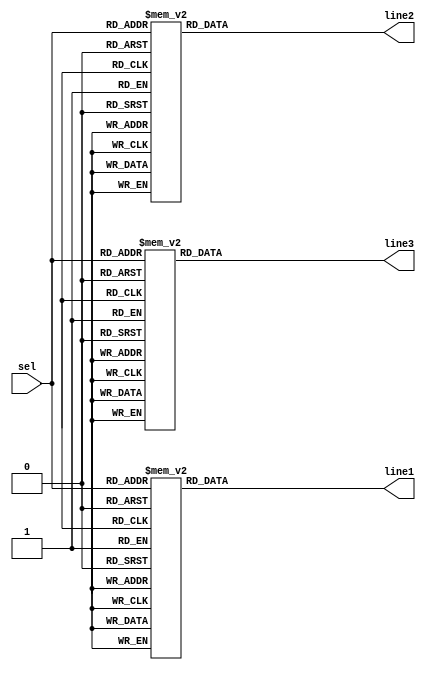
module LightManager (
line1,line2,line3,  //tell line to perfrom light
sel				//selector
);

	output line1,line2,line3;

	input [5:0]sel;

	reg data_out1;
	reg data_out2;
	reg data_out3;



	always @(sel)
		begin
			case (sel)
				6'b000000 : data_out1 = 1'b1;
				6'b000001 : data_out1 = 1'b1;
				6'b000010 : data_out1 = 1'b1;
				6'b000011 : data_out1 = 1'b1;
				6'b000100 : data_out1 = 1'b1;
				6'b000101 : data_out1 = 1'b1;
				6'b000110 : data_out1 = 1'b1;
				6'b000111 : data_out1 = 1'b1;
				6'b001000 : data_out1 = 1'b0;
				6'b001001 : data_out1 = 1'b0;
				6'b001010 : data_out1 = 1'b0;
				6'b001011 : data_out1 = 1'b0;
				6'b001100 : data_out1 = 1'b1;
				6'b001101 : data_out1 = 1'b1;
				6'b001110 : data_out1 = 1'b1;
				6'b001111 : data_out1 = 1'b1;
				6'b010000 : data_out1 = 1'b1;
				6'b010001 : data_out1 = 1'b1;
				6'b010010 : data_out1 = 1'b1;
				6'b010011 : data_out1 = 1'b1;
				6'b010100 : data_out1 = 1'b0;
				6'b010101 : data_out1 = 1'b0;
				6'b010110 : data_out1 = 1'b0;
				6'b010111 : data_out1 = 1'b0;
				6'b011000 : data_out1 = 1'b0;
				6'b011001 : data_out1 = 1'b0;
				6'b011010 : data_out1 = 1'b0;
				6'b011011 : data_out1 = 1'b0;
				6'b011100 : data_out1 = 1'b0;
				6'b011101 : data_out1 = 1'b0;
				6'b011110 : data_out1 = 1'b0;
				6'b011111 : data_out1 = 1'b0;
				6'b100000 : data_out1 = 1'b1;
				6'b100001 : data_out1 = 1'b1;
				6'b100010 : data_out1 = 1'b1;
				6'b100011 : data_out1 = 1'b1;
				6'b100100 : data_out1 = 1'b1;
				6'b100101 : data_out1 = 1'b1;
				6'b100110 : data_out1 = 1'b1;
				6'b100111 : data_out1 = 1'b1;
				6'b101000 : data_out1 = 1'b0;
				6'b101001 : data_out1 = 1'b0;
				6'b101010 : data_out1 = 1'b0;
				6'b101011 : data_out1 = 1'b0;
				6'b101100 : data_out1 = 1'b1;
				6'b101101 : data_out1 = 1'b1;
				6'b101110 : data_out1 = 1'b1;
				6'b101111 : data_out1 = 1'b1;
				6'b110000 : data_out1 = 1'b1;
				6'b110001 : data_out1 = 1'b1;
				6'b110010 : data_out1 = 1'b1;
				6'b110011 : data_out1 = 1'b1;
				6'b110100 : data_out1 = 1'b0;
				6'b110101 : data_out1 = 1'b0;
				6'b110110 : data_out1 = 1'b0;
				6'b110111 : data_out1 = 1'b0;
				6'b111000 : data_out1 = 1'b0;
				6'b111001 : data_out1 = 1'b0;
				6'b111010 : data_out1 = 1'b0;
				6'b111011 : data_out1 = 1'b0;
				6'b111100 : data_out1 = 1'b0;
				6'b111101 : data_out1 = 1'b0;
				6'b111110 : data_out1 = 1'b0;
				6'b111111 : data_out1 = 1'b0;

			endcase
			case (sel)
				6'b000000 : data_out2 = 1'b1;
				6'b000001 : data_out2 = 1'b1;
				6'b000010 : data_out2 = 1'b1;
				6'b000011 : data_out2 = 1'b1;
				6'b000100 : data_out2 = 1'b1;
				6'b000101 : data_out2 = 1'b1;
				6'b000110 : data_out2 = 1'b1;
				6'b000111 : data_out2 = 1'b1;
				6'b001000 : data_out2 = 1'b0;
				6'b001001 : data_out2 = 1'b0;
				6'b001010 : data_out2 = 1'b0;
				6'b001011 : data_out2 = 1'b0;
				6'b001100 : data_out2 = 1'b1;
				6'b001101 : data_out2 = 1'b1;
				6'b001110 : data_out2 = 1'b1;
				6'b001111 : data_out2 = 1'b1;
				6'b010000 : data_out2 = 1'b1;
				6'b010001 : data_out2 = 1'b1;
				6'b010010 : data_out2 = 1'b1;
				6'b010011 : data_out2 = 1'b1;
				6'b010100 : data_out2 = 1'b0;
				6'b010101 : data_out2 = 1'b0;
				6'b010110 : data_out2 = 1'b0;
				6'b010111 : data_out2 = 1'b0;
				6'b011000 : data_out2 = 1'b0;
				6'b011001 : data_out2 = 1'b0;
				6'b011010 : data_out2 = 1'b0;
				6'b011011 : data_out2 = 1'b0;
				6'b011100 : data_out2 = 1'b0;
				6'b011101 : data_out2 = 1'b0;
				6'b011110 : data_out2 = 1'b0;
				6'b011111 : data_out2 = 1'b0;
				6'b100000 : data_out2 = 1'b1;
				6'b100001 : data_out2 = 1'b1;
				6'b100010 : data_out2 = 1'b1;
				6'b100011 : data_out2 = 1'b1;
				6'b100100 : data_out2 = 1'b1;
				6'b100101 : data_out2 = 1'b1;
				6'b100110 : data_out2 = 1'b1;
				6'b100111 : data_out2 = 1'b1;
				6'b101000 : data_out2 = 1'b0;
				6'b101001 : data_out2 = 1'b0;
				6'b101010 : data_out2 = 1'b0;
				6'b101011 : data_out2 = 1'b0;
				6'b101100 : data_out2 = 1'b1;
				6'b101101 : data_out2 = 1'b1;
				6'b101110 : data_out2 = 1'b1;
				6'b101111 : data_out2 = 1'b1;
				6'b110000 : data_out2 = 1'b1;
				6'b110001 : data_out2 = 1'b1;
				6'b110010 : data_out2 = 1'b1;
				6'b110011 : data_out2 = 1'b1;
				6'b110100 : data_out2 = 1'b0;
				6'b110101 : data_out2 = 1'b0;
				6'b110110 : data_out2 = 1'b0;
				6'b110111 : data_out2 = 1'b0;
				6'b111000 : data_out2 = 1'b0;
				6'b111001 : data_out2 = 1'b0;
				6'b111010 : data_out2 = 1'b0;
				6'b111011 : data_out2 = 1'b0;
				6'b111100 : data_out2 = 1'b0;
				6'b111101 : data_out2 = 1'b0;
				6'b111110 : data_out2 = 1'b0;
				6'b111111 : data_out2 = 1'b0;

			endcase
			case (sel)
				6'b000000 : data_out3 = 1'b1;
				6'b000001 : data_out3 = 1'b1;
				6'b000010 : data_out3 = 1'b1;
				6'b000011 : data_out3 = 1'b1;
				6'b000100 : data_out3 = 1'b1;
				6'b000101 : data_out3 = 1'b1;
				6'b000110 : data_out3 = 1'b1;
				6'b000111 : data_out3 = 1'b1;
				6'b001000 : data_out3 = 1'b0;
				6'b001001 : data_out3 = 1'b0;
				6'b001010 : data_out3 = 1'b0;
				6'b001011 : data_out3 = 1'b0;
				6'b001100 : data_out3 = 1'b1;
				6'b001101 : data_out3 = 1'b1;
				6'b001110 : data_out3 = 1'b1;
				6'b001111 : data_out3 = 1'b1;
				6'b010000 : data_out3 = 1'b1;
				6'b010001 : data_out3 = 1'b1;
				6'b010010 : data_out3 = 1'b1;
				6'b010011 : data_out3 = 1'b1;
				6'b010100 : data_out3 = 1'b0;
				6'b010101 : data_out3 = 1'b0;
				6'b010110 : data_out3 = 1'b0;
				6'b010111 : data_out3 = 1'b0;
				6'b011000 : data_out3 = 1'b0;
				6'b011001 : data_out3 = 1'b0;
				6'b011010 : data_out3 = 1'b0;
				6'b011011 : data_out3 = 1'b0;
				6'b011100 : data_out3 = 1'b0;
				6'b011101 : data_out3 = 1'b0;
				6'b011110 : data_out3 = 1'b0;
				6'b011111 : data_out3 = 1'b0;
				6'b100000 : data_out3 = 1'b1;
				6'b100001 : data_out3 = 1'b1;
				6'b100010 : data_out3 = 1'b1;
				6'b100011 : data_out3 = 1'b1;
				6'b100100 : data_out3 = 1'b1;
				6'b100101 : data_out3 = 1'b1;
				6'b100110 : data_out3 = 1'b1;
				6'b100111 : data_out3 = 1'b1;
				6'b101000 : data_out3 = 1'b0;
				6'b101001 : data_out3 = 1'b0;
				6'b101010 : data_out3 = 1'b0;
				6'b101011 : data_out3 = 1'b0;
				6'b101100 : data_out3 = 1'b1;
				6'b101101 : data_out3 = 1'b1;
				6'b101110 : data_out3 = 1'b1;
				6'b101111 : data_out3 = 1'b1;
				6'b110000 : data_out3 = 1'b1;
				6'b110001 : data_out3 = 1'b1;
				6'b110010 : data_out3 = 1'b1;
				6'b110011 : data_out3 = 1'b1;
				6'b110100 : data_out3 = 1'b0;
				6'b110101 : data_out3 = 1'b0;
				6'b110110 : data_out3 = 1'b0;
				6'b110111 : data_out3 = 1'b0;
				6'b111000 : data_out3 = 1'b0;
				6'b111001 : data_out3 = 1'b0;
				6'b111010 : data_out3 = 1'b0;
				6'b111011 : data_out3 = 1'b0;
				6'b111100 : data_out3 = 1'b0;
				6'b111101 : data_out3 = 1'b0;
				6'b111110 : data_out3 = 1'b0;
				6'b111111 : data_out3 = 1'b0;

			endcase

		end


	assign line1 = data_out1;
	assign line2 = data_out2;
	assign line3 = data_out3;



endmodule